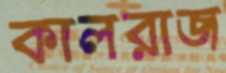
কালরাজ